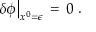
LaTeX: \left. \delta \phi \right| _ { x ^ { 0 } = \epsilon } \, = \, 0 \, \, .